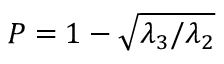
P = 1 - \sqrt { \lambda _ { 3 } / \lambda _ { 2 } }